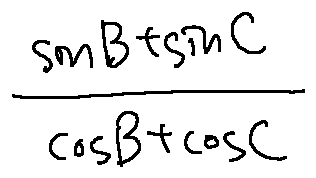
\frac { \sin B + \sin C } { \cos B + \cos C }